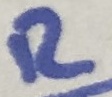
Text: R